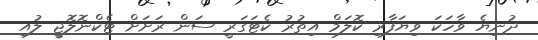
ދުނިޔެ ވާހަކަ ވިޔަފާރި ކޮލަމް އިތުރު ކެޓަގަރީ ސަން ރަށަށް ޓެކްނޮލޮޖީ ލުއި